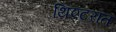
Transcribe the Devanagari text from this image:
थिएटरांत